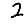
Digit: 2